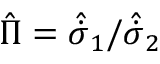
\hat { \Pi } = { \hat { \dot { \sigma } } _ { 1 } } / { \hat { \dot { \sigma } } _ { 2 } }